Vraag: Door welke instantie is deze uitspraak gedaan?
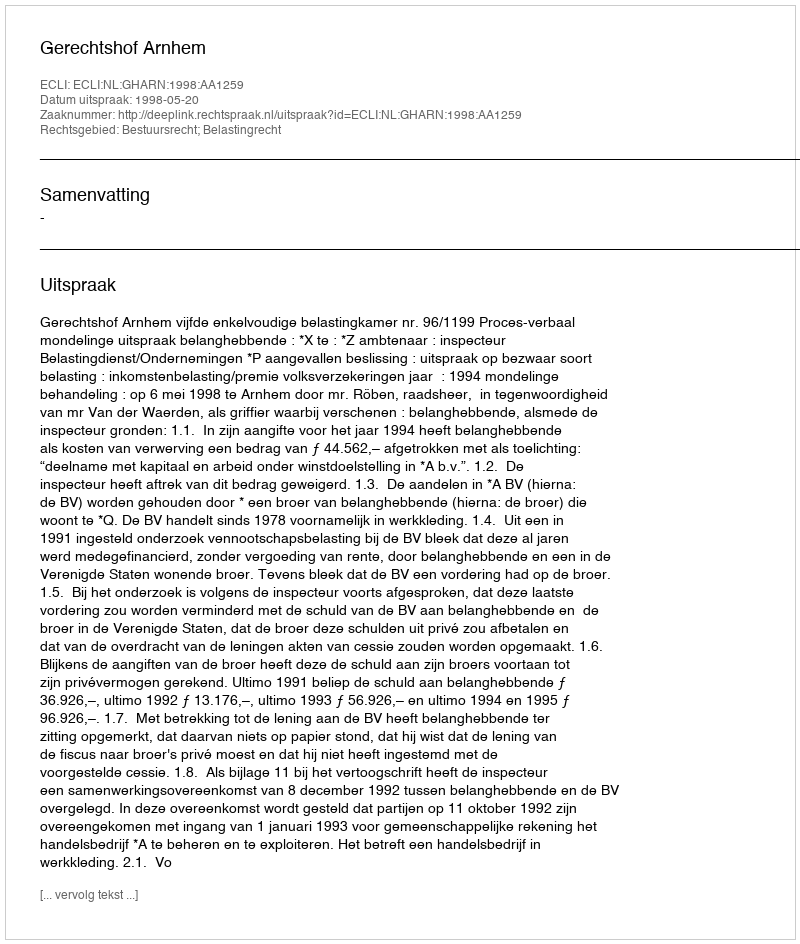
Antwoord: Gerechtshof Arnhem